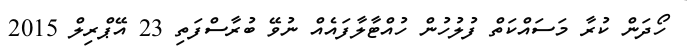
ހޯދަން ކުރާ މަސައްކަތް ފުލުހުން ހުއްޓާލާފައެއް ނުވޭ ބުރާސްފަތި 23 އޭޕްރިލް 2015